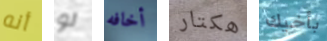
أنه لو أخافه هكتار بأخيك